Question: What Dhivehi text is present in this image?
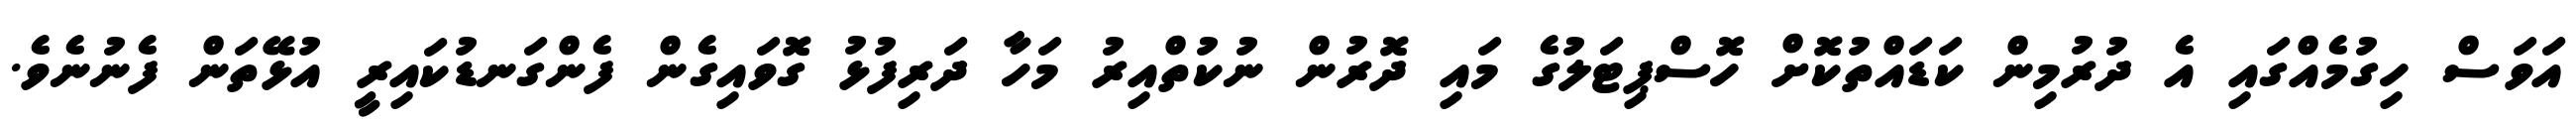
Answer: އަވަސް ހިގުމެއްގައި އެ ދުރުމިން ކަޑައްތުކޮށް ހޮސްޕިޓަލުގެ މައި ދޮރުން ނުކުތްއިރު މަހާ ދަރިފުޅު ގޮވައިގެން ފެންގަނޑުކައިރީ އުޅޭތަން ފެނުނެވެ.